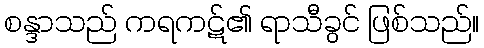
စန္ဒာသည် ကရကဋ်၏ ရာသီခွင် ဖြစ်သည်။